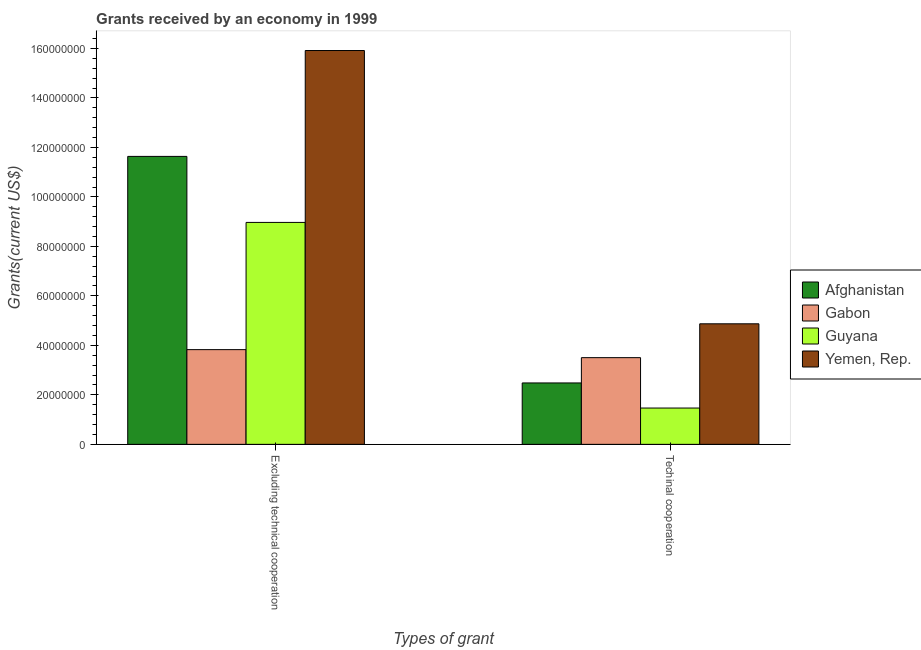
| Types of grant | Afghanistan | Gabon | Guyana | Yemen, Rep. |
 | --- | --- | --- | --- | --- |
 | Excluding technical cooperation | 1.16e+08 | 3.83e+07 | 8.97e+07 | 1.59e+08 |
 | Techinal cooperation | 2.48e+07 | 3.5e+07 | 1.47e+07 | 4.87e+07 |